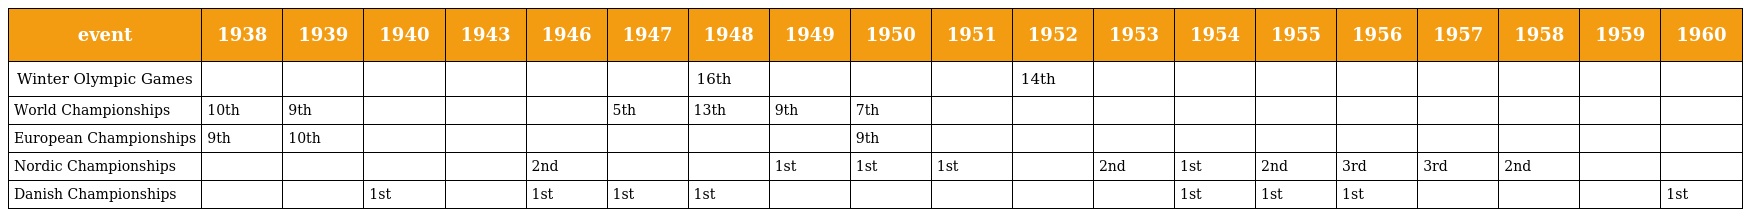
| event | 1938 | 1939 | 1940 | 1943 | 1946 | 1947 | 1948 | 1949 | 1950 | 1951 | 1952 | 1953 | 1954 | 1955 | 1956 | 1957 | 1958 | 1959 | 1960 |
 | --- | --- | --- | --- | --- | --- | --- | --- | --- | --- | --- | --- | --- | --- | --- | --- | --- | --- | --- | --- |
 | Winter Olympic Games |  |  |  |  |  |  | 16th |  |  |  | 14th |  |  |  |  |  |  |  |  |
 | World Championships | 10th | 9th |  |  |  | 5th | 13th | 9th | 7th |  |  |  |  |  |  |  |  |  |  |
 | European Championships | 9th | 10th |  |  |  |  |  |  | 9th |  |  |  |  |  |  |  |  |  |  |
 | Nordic Championships |  |  |  |  | 2nd |  |  | 1st | 1st | 1st |  | 2nd | 1st | 2nd | 3rd | 3rd | 2nd |  |  |
 | Danish Championships |  |  | 1st |  | 1st | 1st | 1st |  |  |  |  |  | 1st | 1st | 1st |  |  |  | 1st |